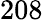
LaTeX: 208